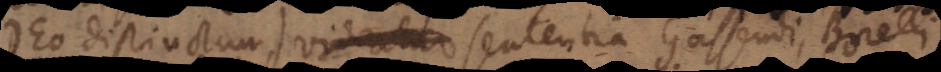
Deo distinctum), videatur sententia, Gassendi, Borelli,